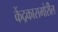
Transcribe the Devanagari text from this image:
केंद्रकासमोरील